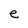
Character: e